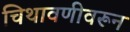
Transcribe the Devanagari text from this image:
चिथावणीवरून